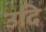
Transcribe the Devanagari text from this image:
उदि